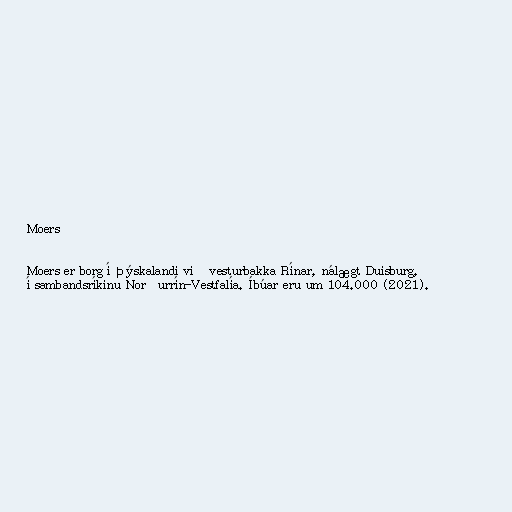
Moers

Moers er borg í Þýskalandi við vesturbakka Rínar, nálægt Duisburg,
í sambandsríkinu Norðurrín-Vestfalía. Íbúar eru um 104.000 (2021).